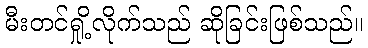
မီးတင်ရှို့လိုက်သည် ဆိုခြင်းဖြစ်သည်။